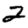
Digit: 2